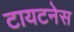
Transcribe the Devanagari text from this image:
टायटनेस